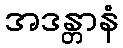
အဒန္တာနံ